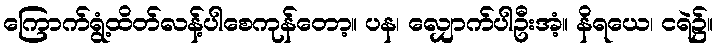
ကြောက်ရွံ့ထိတ်လန့်ပါစေကုန်တော့။ ပန၊ လျှောက်ပါဦးအံ့။ နိရယေ၊ ငရဲ၌။